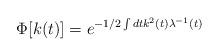
LaTeX: \begin{align*}\Phi [k(t)] = e^{-1/2 \int dt k^{2} (t) \lambda ^{-1} (t)}\end{align*}